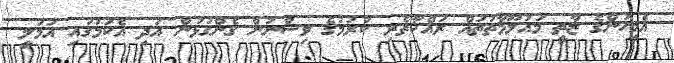
އެމީހުންގެ ޒާތީ މައުލޫމާތުތައް ރައްކާތެރި ކުރުމުގެ ވިސްނުން ގެންގުޅުން އަދި އެކަމުގައި އަމަލީ